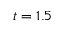
t = 1 . 5